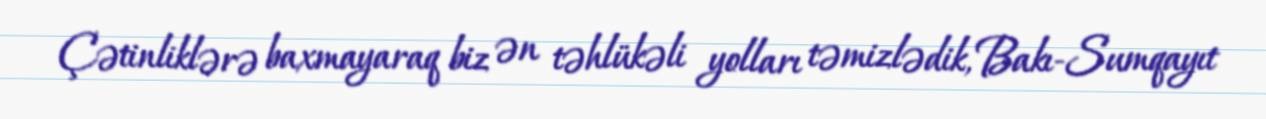
Çətinliklərə baxmayaraq biz ən təhlükəli yolları təmizlədik, Bakı-Sumqayıt